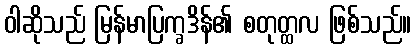
ဝါဆိုသည် မြန်မာပြက္ခဒိန်၏ စတုတ္ထလ ဖြစ်သည်။